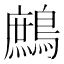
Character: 鷓